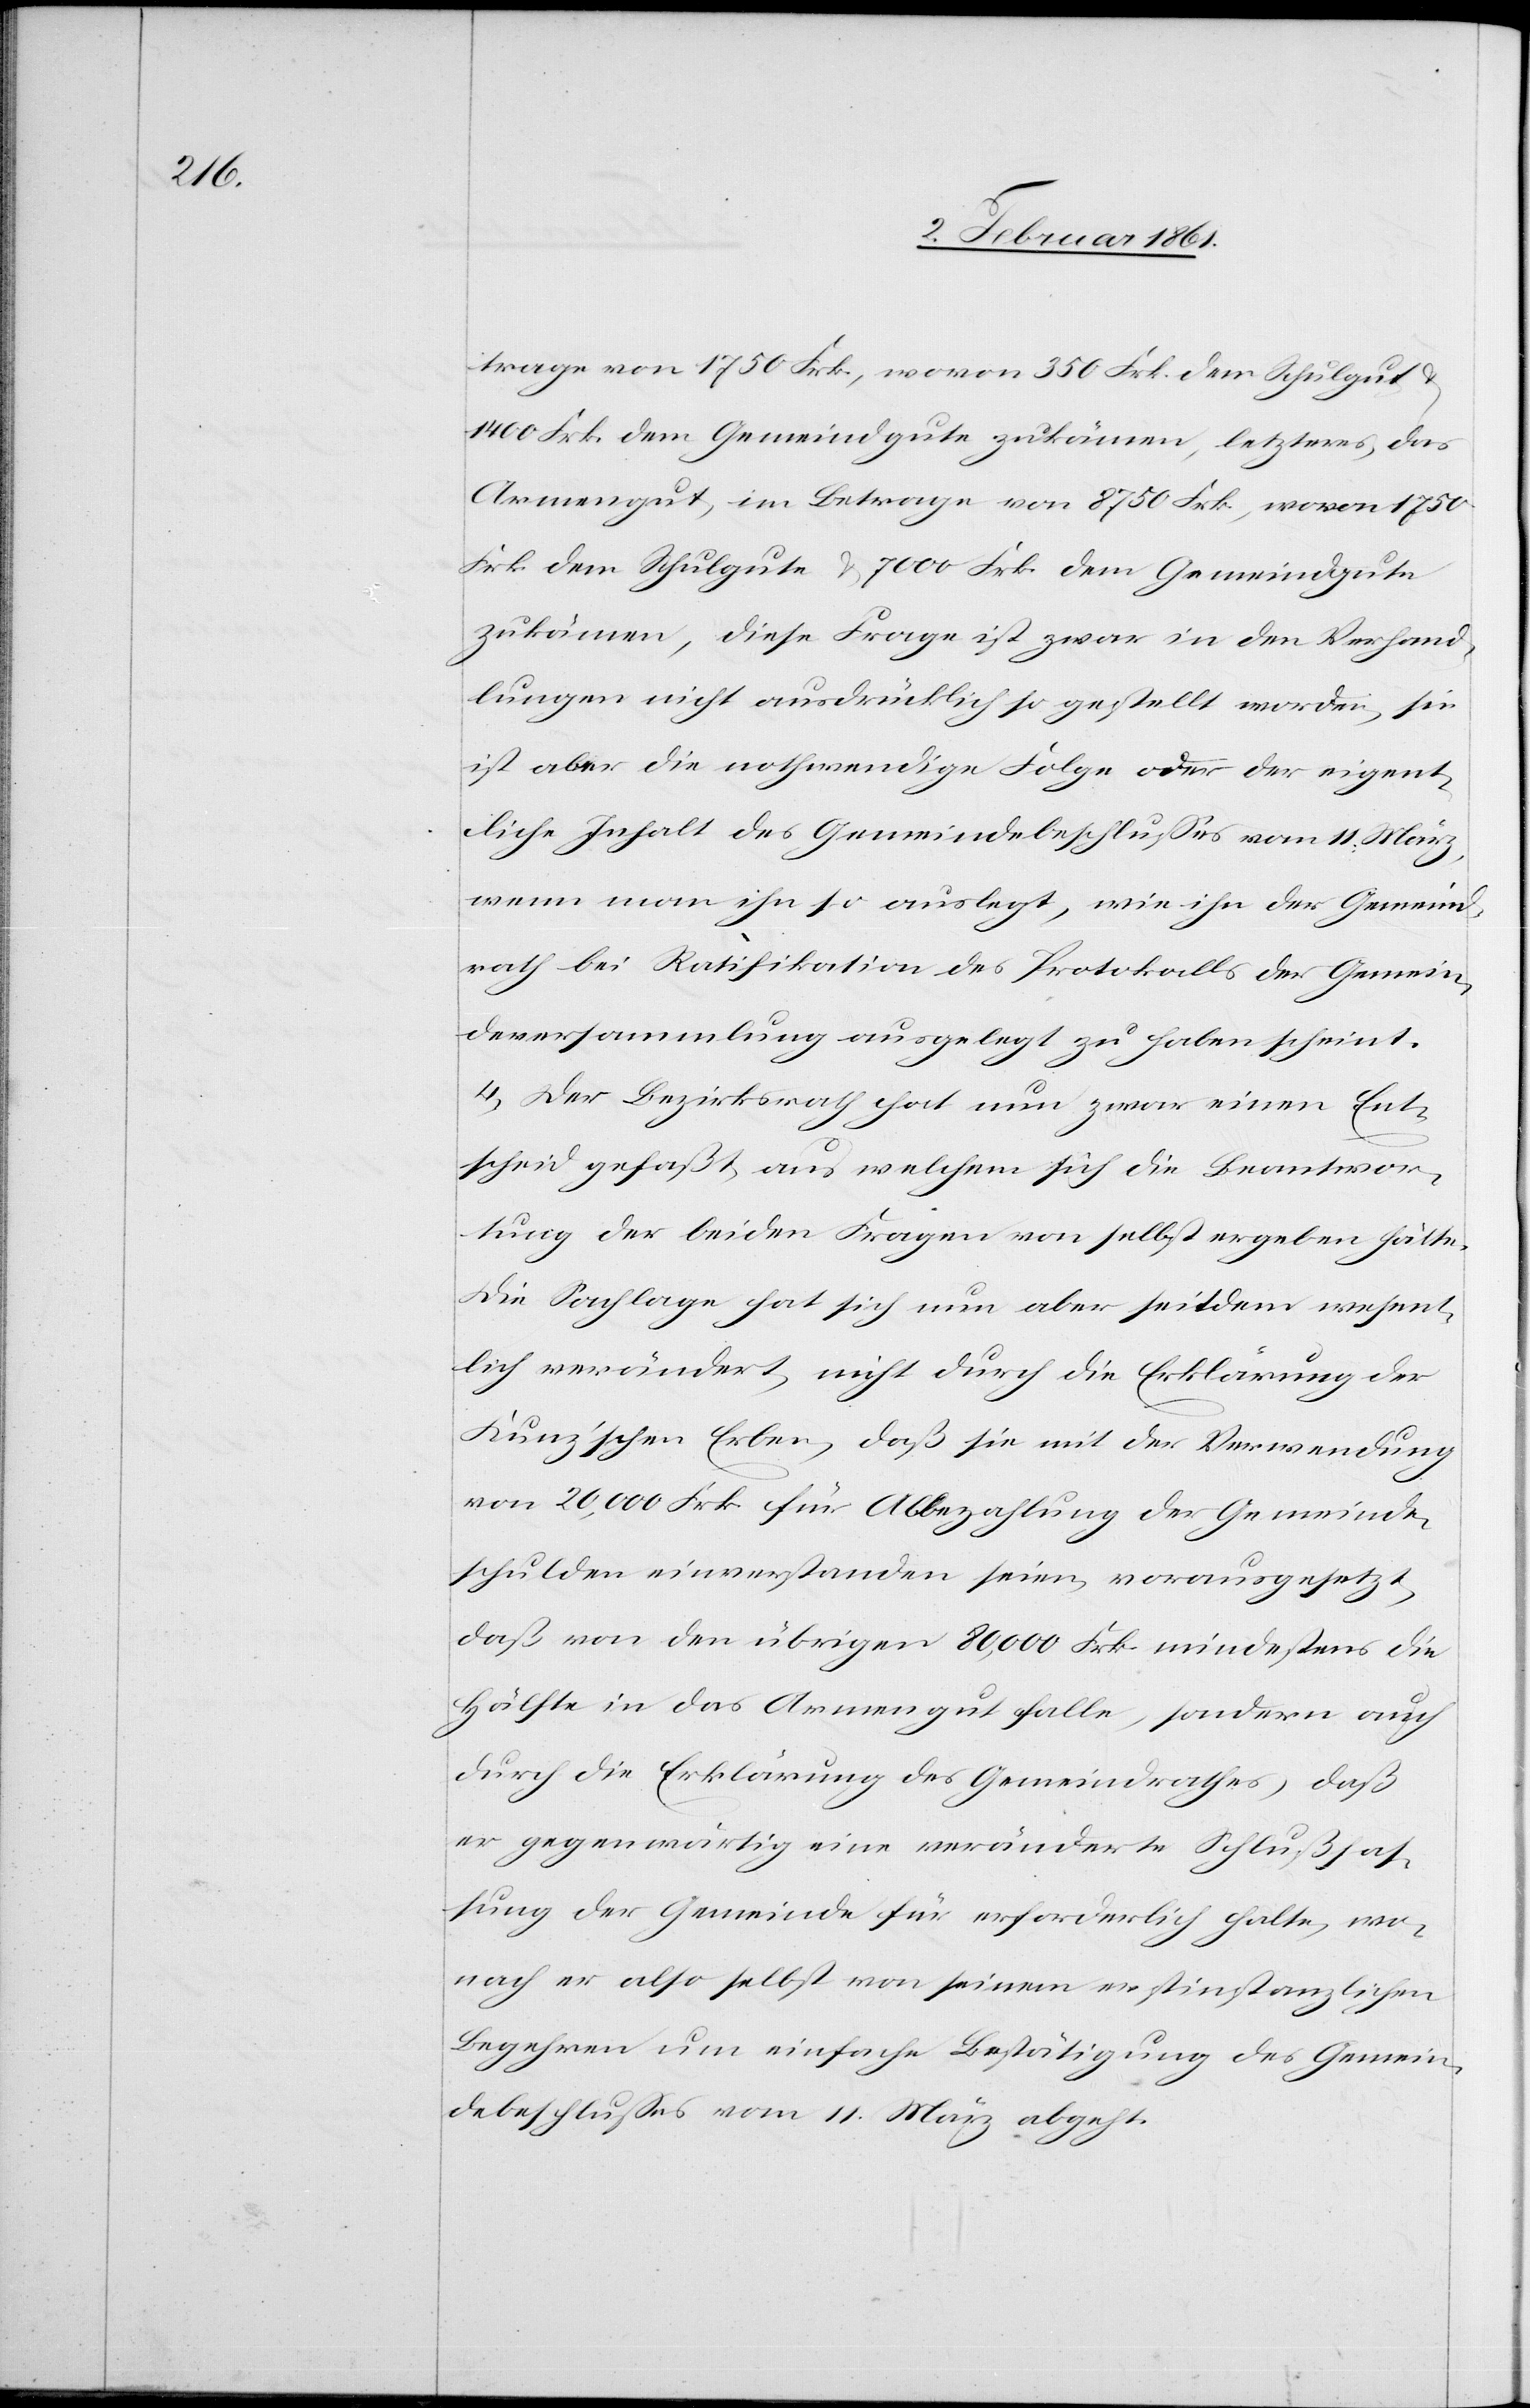
trage von 1750 Frk., wovon 350 Frk. dem Schulgut
1400 Frk. dem Gemeindgute zukämen, letzteres, das
Armengut, im Betrage von 8750 Frk., wovon 1750
Frk. dem Schulgute u. 7000 Frk. dem Gemeindgute
zukämen, diese Frage ist zwar in den Verhand¬
lungen nicht ausdrücklich so gestellt worden, sie
ist aber die nothwendige Folge oder eigent¬
liche Inhalt des Gemeindebeschlusses vom 11. März,
wenn man ihn so auslegt, wie ihn der Gemeind¬
rath bei Ratifikation des Protokolls der Gemein¬
deversammlung ausgelegt zu haben scheint.
4) Der Bezirksrath hat nun zwar einen Ent¬
scheid gefaßt, aus welchem sich die Beantwor¬
tung der beiden Fragen von selbst ergeben hätte.
Die Sachlage hat sich nun aber seitdem wesent¬
lich verändert, nicht durch die Erklärung der
Kunz’schen Erben, daß sie mit der Verwendung
von 20,000 Frk. für Abbezahlung der Gemeinde¬
schulden einverstanden seien, vorausgesetzt,
daß von den übrigen 80,000 Frk. mindestens die
Hälfte in das Armengut falle, sondern auch
durch die Erklärung des Gemeindrathes, daß
er gegenwärtig eine veränderte Schlußfas¬
sung der Gemeinde für erforderlich halte, wo¬
nach er also selbst von seinen erstinstanzlichen
Begehren um einfache Bestätigung des Gemein¬
debeschlusses vom 11. März abgeht.